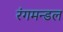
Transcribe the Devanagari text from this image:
रंगमन्डल